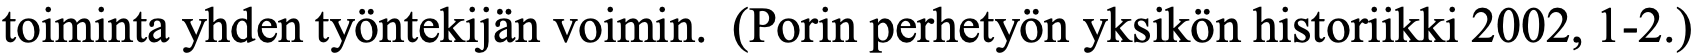
toiminta yhden työntekijän voimin. (Porin perhetyön yksikön historiikki 2002, 1-2.)